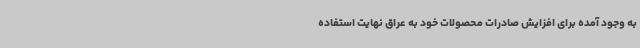
به وجود آمده برای افزایش صادرات محصولات خود به عراق نهایت استفاده